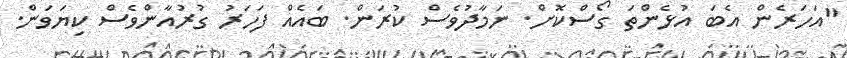
"އަހަރެން އެބަ އުޅެންތަ ގޯސްކޮށް. ނަމާދުވެސް ކުރަން. ބައެއް ފަހަރު ގުރުއާންވެސް ކިޔަވަން.